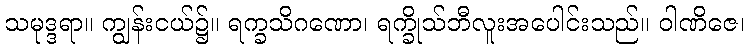
သမုဒ္ဒရာ။ ကျွန်းငယ်၌။ ရက္ခသိဂဏော၊ ရက္ခိုသ်ဘီလူးအပေါင်းသည်။ ဝါဏိဇေ၊